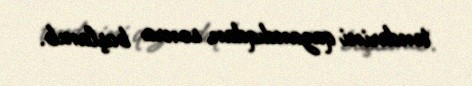
tenderini qazandıqdan sonra başlanıb.